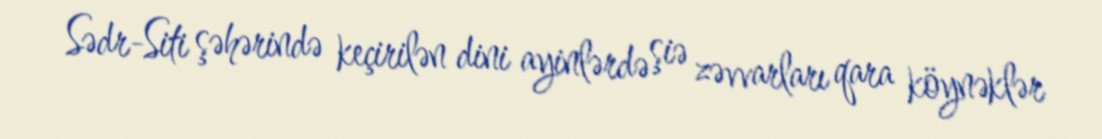
Sədr-Siti şəhərində keçirilən dini ayinlərdə şiə zəvvarları qara köynəklər